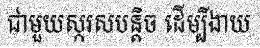
ជាមួយស្ករសបន្តិច ដើម្បីងាយ